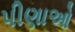
પીણાઓ